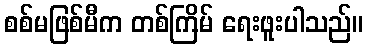
စစ်မဖြစ်မီက တစ်ကြိမ် ရေးဖူးပါသည်။